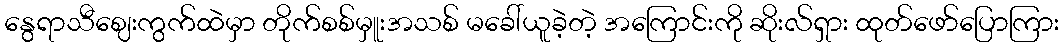
နွေရာသီဈေးကွက်ထဲမှာ တိုက်စစ်မှူးအသစ် မခေါ်ယူခဲ့တဲ့ အကြောင်းကို ဆိုးလ်ရှား ထုတ်ဖော်ပြောကြား